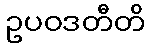
ဥပဝဒတီတိ